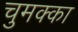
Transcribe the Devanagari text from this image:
चुमक्का